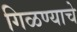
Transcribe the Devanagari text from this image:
गिळण्याचे